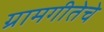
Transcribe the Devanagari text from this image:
ग्रामगीतेचे